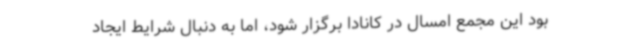
بود این مجمع امسال در کانادا برگزار شود، اما به دنبال شرایط ایجاد